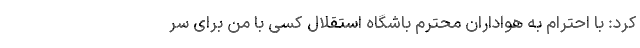
کرد: با احترام به هواداران محترم باشگاه استقلال کسی با من برای سر